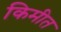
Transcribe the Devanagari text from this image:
किमीत